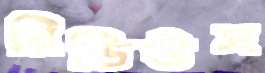
রিডিউস